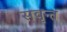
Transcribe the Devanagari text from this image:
सवृन्त